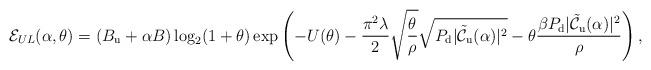
LaTeX: \begin{align*} & \! \! \! \! \! \!\! \! \! \! \! \! \mathcal{E}_{UL}(\alpha,\theta)= \left( B_{\rm{u}}+\alpha B \right) \log_2 (1+\theta) \exp \left(- U(\theta) - \frac{\pi^2 \lambda }{2} \sqrt{\frac{\theta}{\rho}} \sqrt{P_{\rm{d}} |\mathcal{\tilde{C}}_{\rm{u}}(\alpha)|^2} -\theta \frac{{\beta} P_{\rm{d}} |\mathcal{\tilde{C}}_{\rm{u}}(\alpha)|^2}{ \rho}\right),\end{align*}